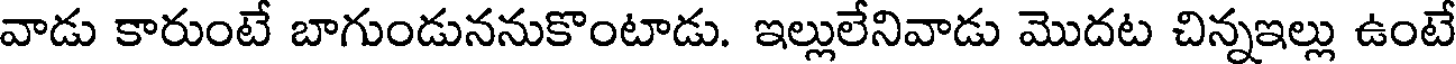
వాడు కారుంటే బాగుండుననుకొంటాడు. ఇల్లులేనివాడు మొదట చిన్నఇల్లు ఉంటే